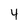
Character: 4